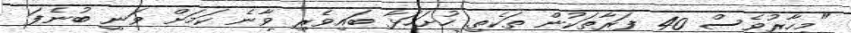
"މިހާރުވެސް 40 ފަރާތަކުން ތަކެތި ހުށަހަޅާ ބައިވެރި ވާނެ ކަމަށް ވަނީ ބުނެފަ.